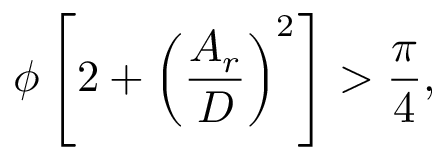
\phi \left[ 2 + \left( \frac { A _ { r } } { D } \right) ^ { 2 } \right] > \frac { \pi } { 4 } ,